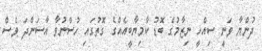
ދުންޔާ ވަނީ ސިއްހީ ނިޒާމުގެ ބޮޑު ކާމިޔާބީއެއްގެ ގޮތުގައި ހުސްނުވާ އާސަންދަ ވެސް